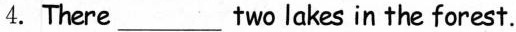
4.There ___ two lakes in the forest.